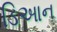
ડિઆન